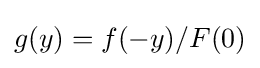
g(y)=f(-y)/F(0)